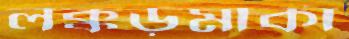
লক্কড়মার্কা